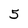
Character: 5